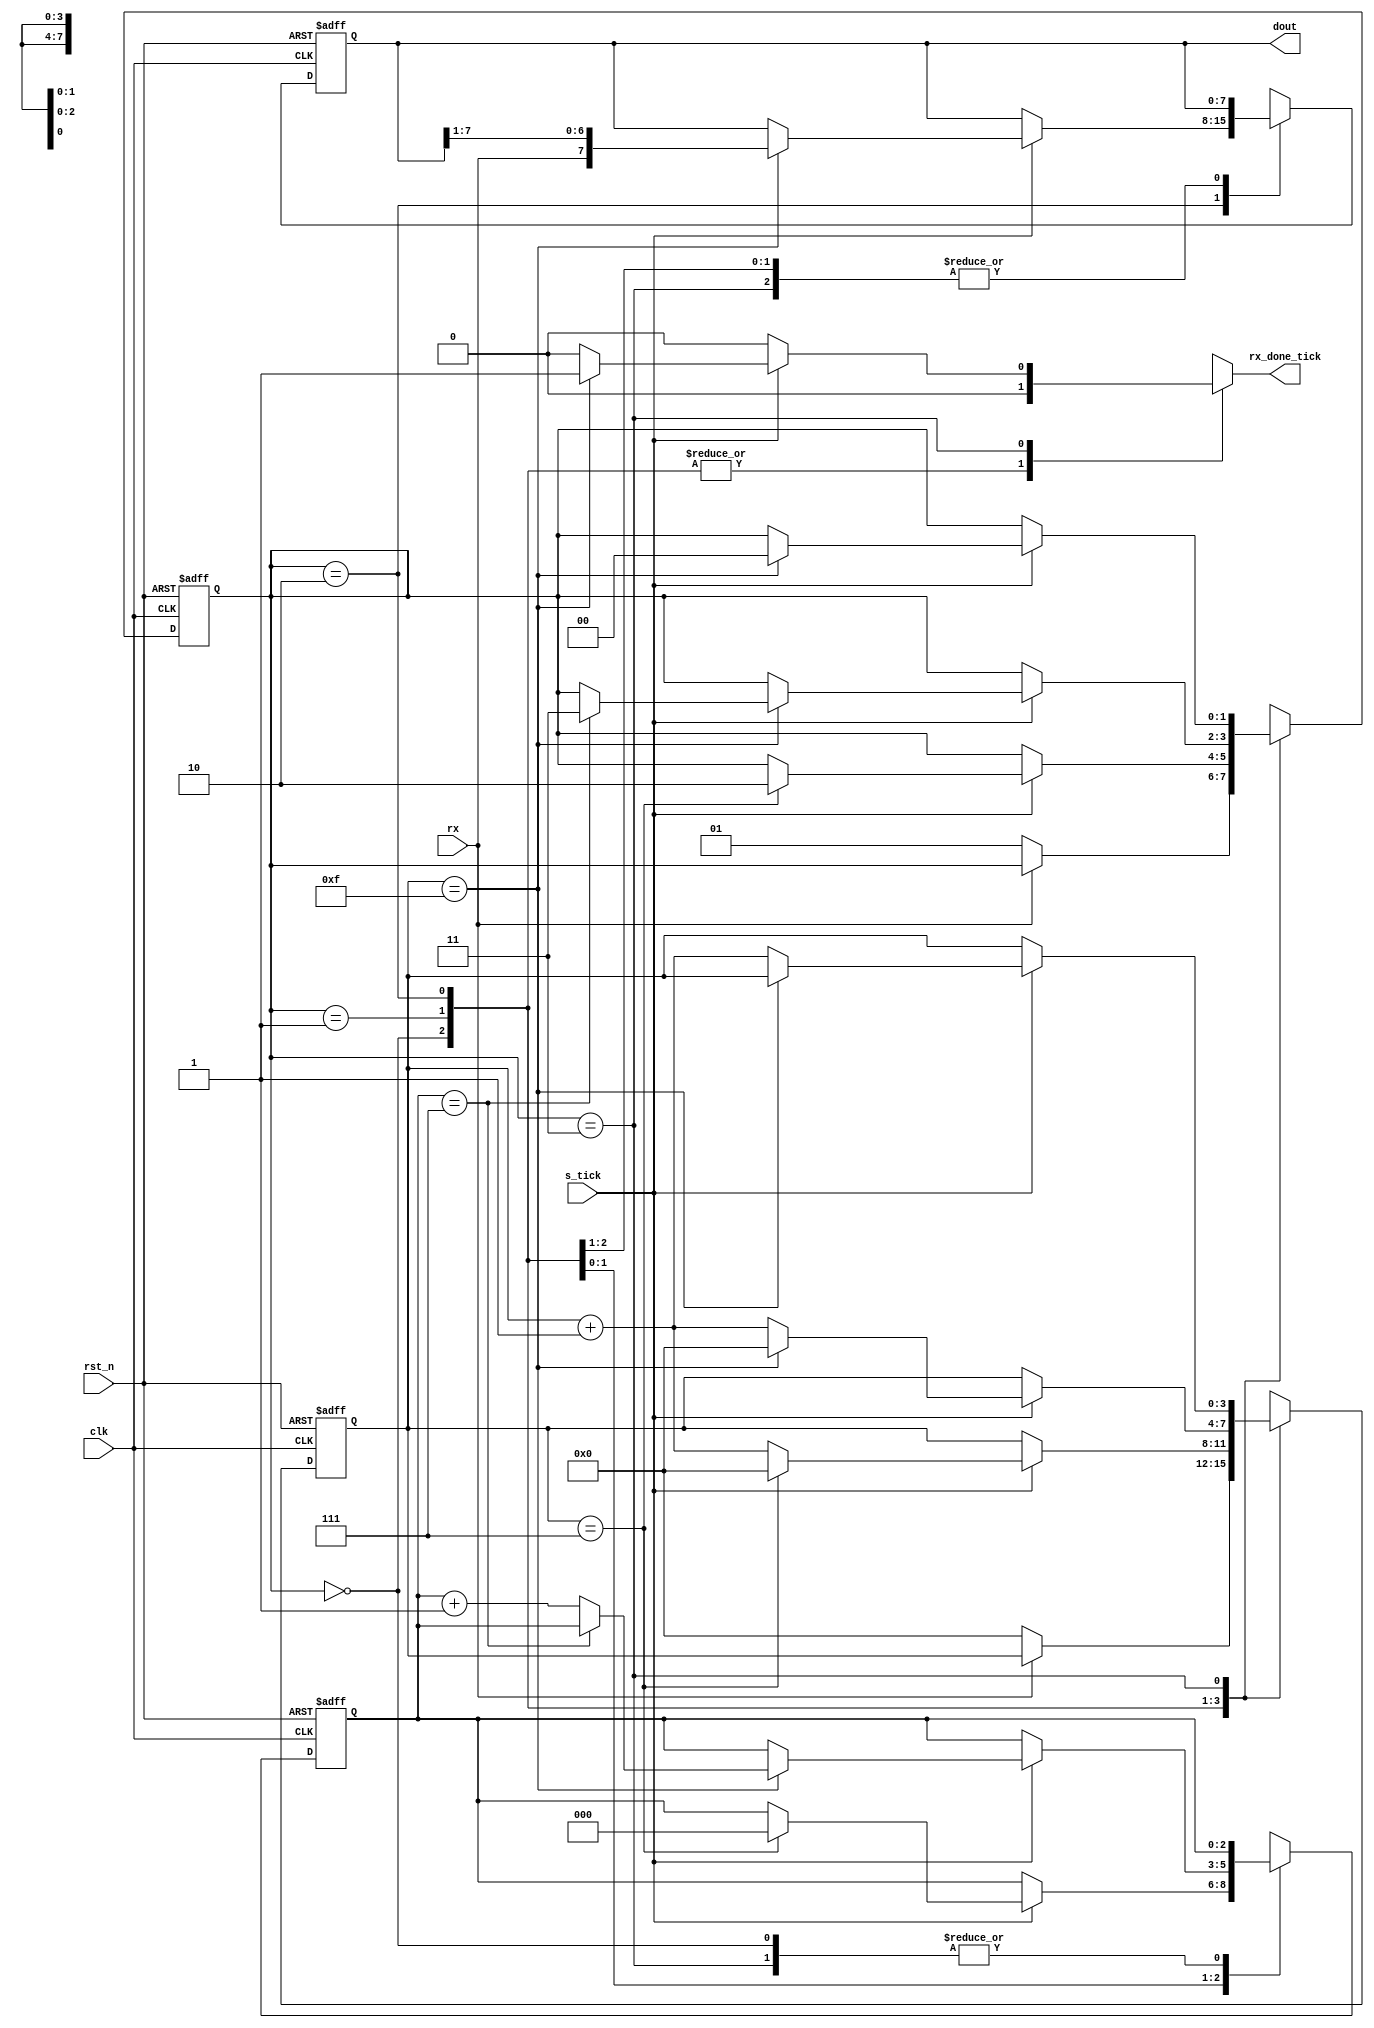
// This program was cloned from: https://github.com/AngeloJacobo/FPGA_RealTime_and_Static_Sobel_Edge_Detection
// License: MIT License

`timescale 1ns / 1ps

module uart_rx #(parameter DBIT=8,SB_TICK=16) //DBIT=data bits , SB_TICK=ticks for stop bit (16 for 1 bit ,32 for 2 bits)
	(
		input clk,rst_n,
		input rx,
		input s_tick,
		output reg rx_done_tick,
		output[7:0] dout
    );
	 //FSM state declarations
	 localparam[1:0] idle=2'b00,
							start=2'b01,
							data=2'b10,
							stop=2'b11;
	 reg[1:0] state_reg,state_nxt;
	 reg[3:0] s_reg,s_nxt; //check if number of ticks is 7(middle of start bit), or 15(middle of a data bit)
	 reg[2:0] n_reg,n_nxt; //checks how many data bits is already passed(value is 7 for last bit)
	 reg[7:0] b_reg,b_nxt; //stores 8-bit binary value of received data bits
	 //FSM register operation
	 always @(posedge clk,negedge rst_n) begin
		if(!rst_n) begin
			state_reg<=idle;
			s_reg<=0;
			n_reg<=0;
			b_reg<=0;
		end
		else begin
			state_reg<=state_nxt;
			s_reg<=s_nxt;
			n_reg<=n_nxt;
			b_reg<=b_nxt;		
		end
	 end
	 //FSM next-state logic
	 always @* begin
		state_nxt=state_reg;
		s_nxt=s_reg;
		n_nxt=n_reg;
		b_nxt=b_reg;
		rx_done_tick=0;
		case(state_reg)
			 idle: if(rx==0) begin //wait for start bit(rx of zero)
						s_nxt=0;
						state_nxt=start;
					 end						
			start: if(s_tick==1) begin //wait for middle of start bit
						if(s_reg==7) begin
							s_nxt=0;
							n_nxt=0;
							state_nxt=data;
						end
						else s_nxt=s_reg+1;
					 end
		    data: if(s_tick==1) begin //wait to pass all middle points of every data bits
						if(s_reg==15) begin
							b_nxt={rx,b_reg[7:1]};
							s_nxt=0;
							if(n_reg==DBIT-1) state_nxt=stop;
							else n_nxt=n_reg+1;
						end
						else s_nxt=s_reg+1;
					 end
			 stop: if(s_tick==1) begin  //wait to pass the required stop bits
						if(s_reg==SB_TICK-1) begin
							rx_done_tick=1;
							state_nxt=idle;
						end
  						else s_nxt=s_reg+1;
					 end	
		 default: state_nxt=idle;
		endcase
	 end
	 assign dout=b_reg;
endmodule